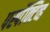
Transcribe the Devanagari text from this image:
पर्स्पेक्टिव्ह